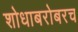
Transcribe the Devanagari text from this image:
शोधाबरोबरच